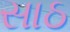
સાઠ